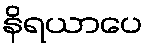
နိရယာပေ